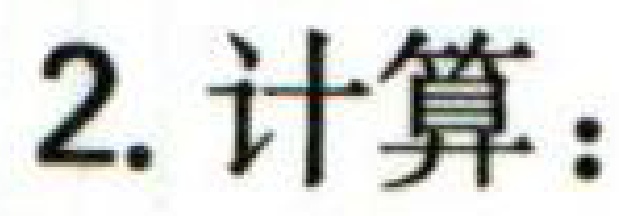
2. 计算：